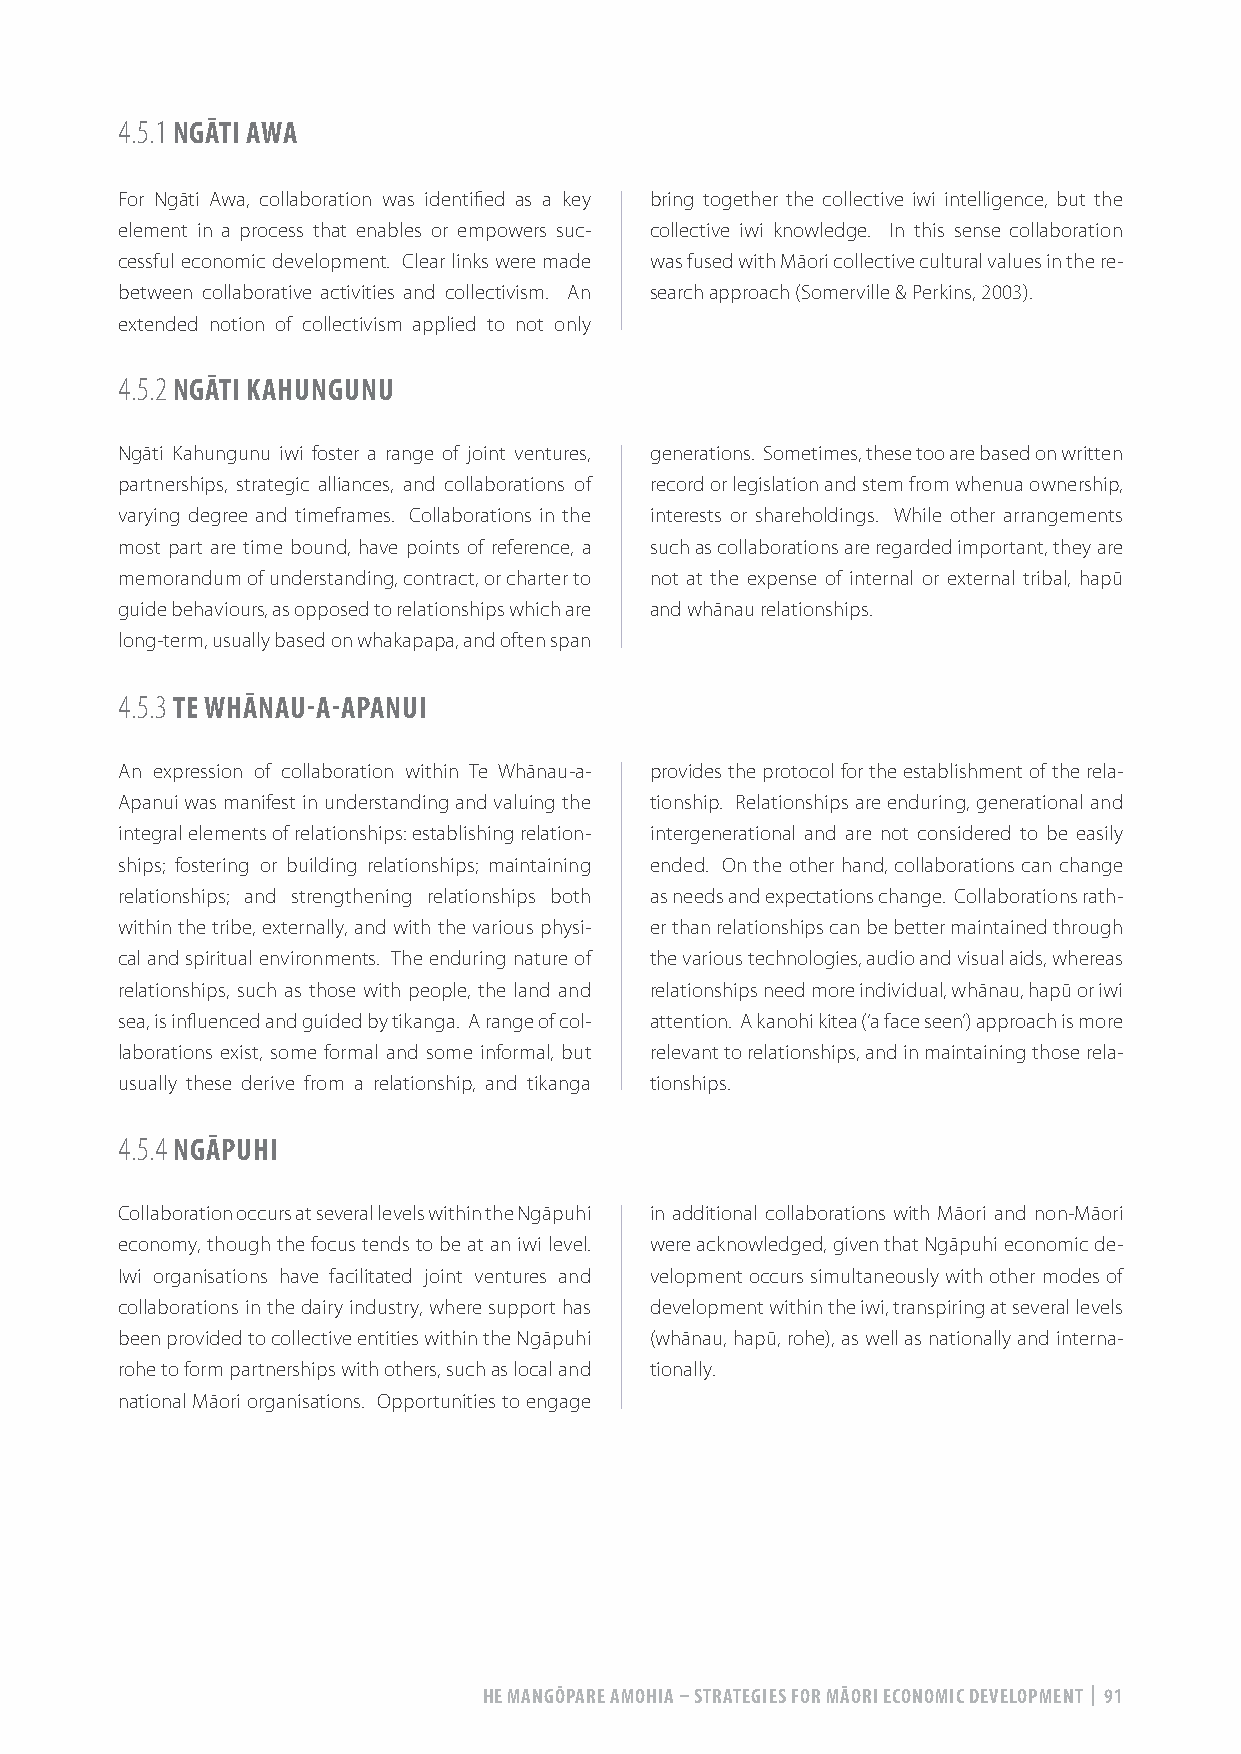
4.5.1 NGĀTI AWA
 For Ngāti Awa, collaboration was identified as a key bring together the collective iwi intelligence, but the
 element in a process that enables or empowers suc- collective iwi knowledge. In this sense collaboration
 cessful economic development. Clear links were made was fused with Māori collective cultural values in the re-
 between collaborative activities and collectivism. An search approach (Somerville & Perkins, 2003).
 extended notion of collectivism applied to not only
 4.5.2 NGĀTI KAHUNGUNU
 Ngāti Kahungunu iwi foster a range of joint ventures, generations. Sometimes, these too are based on written
 partnerships, strategic alliances, and collaborations of record or legislation and stem from whenua ownership,
 varying degree and timeframes. Collaborations in the interests or shareholdings. While other arrangements
 most part are time bound, have points of reference, a such as collaborations are regarded important, they are
 memorandum of understanding, contract, or charter to not at the expense of internal or external tribal, hapū
 guide behaviours, as opposed to relationships which are and whānau relationships.
 long-term, usually based on whakapapa, and often span
 4.5.3 TE WHĀNAU-A-APANUI
 An expression of collaboration within Te Whānau-a- provides the protocol for the establishment of the rela-
 Apanui was manifest in understanding and valuing the tionship. Relationships are enduring, generational and
 integral elements of relationships: establishing relation- intergenerational and are not considered to be easily
 ships; fostering or building relationships; maintaining ended. On the other hand, collaborations can change
 relationships; and strengthening relationships both as needs and expectations change. Collaborations rath-
 within the tribe, externally, and with the various physi- er than relationships can be better maintained through
 cal and spiritual environments. The enduring nature of the various technologies, audio and visual aids, whereas
 relationships, such as those with people, the land and relationships need more individual, whānau, hapū or iwi
 sea, is influenced and guided by tikanga. A range of col- attention. A kanohi kitea (‘a face seen’) approach is more
 laborations exist, some formal and some informal, but relevant to relationships, and in maintaining those rela-
 usually these derive from a relationship, and tikanga tionships.
 4.5.4 NGĀPUHI
 Collaboration occurs at several levels within the Ngāpuhi in additional collaborations with Māori and non-Māori
 economy, though the focus tends to be at an iwi level. were acknowledged, given that Ngāpuhi economic de-
 Iwi organisations have facilitated joint ventures and velopment occurs simultaneously with other modes of
 collaborations in the dairy industry, where support has development within the iwi, transpiring at several levels
 been provided to collective entities within the Ngāpuhi (whānau, hapū, rohe), as well as nationally and interna-
 rohe to form partnerships with others, such as local and tionally.
 national Māori organisations. Opportunities to engage
 HE MANGŌPARE AMOHIA – STRATEGIES FOR MĀORI ECONOMIC DEVELOPMENT | 91